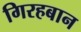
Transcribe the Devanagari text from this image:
गिरहबान